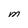
Character: M